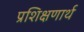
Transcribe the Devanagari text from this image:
प्रशिक्षणार्थ